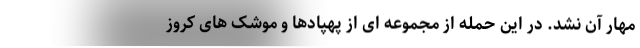
مهار آن نشد. در این حمله از مجموعه ای از پهپادها و موشک های کروز